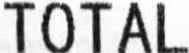
TOTAL